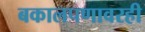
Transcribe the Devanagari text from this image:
बकालपणावरही